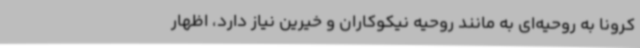
کرونا به روحیه‌ای به مانند روحیه نیکوکاران و خیرین نیاز دارد، اظهار